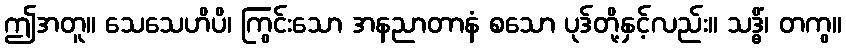
ဤအတူ။ သေသေဟိပိ၊ ကြွင်းသော အနညာတာနံ စသော ပုဒ်တို့နှင့်လည်း။ သဒ္ဓိံ၊ တကွ။